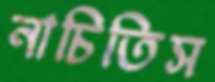
নাচিতিস